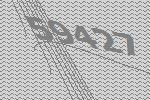
59427